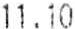
11.10